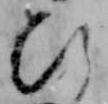
ひ